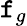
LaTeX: \mathtt{f}_{g}